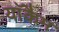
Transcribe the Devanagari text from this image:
याॅकैम